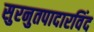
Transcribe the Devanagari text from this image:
सुरनुतपादारविंद